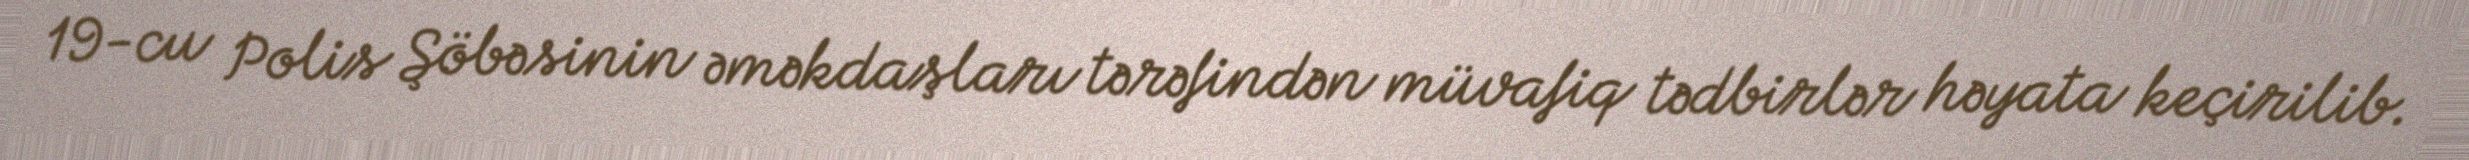
19-cu Polis Şöbəsinin əməkdaşları tərəfindən müvafiq tədbirlər həyata keçirilib.